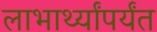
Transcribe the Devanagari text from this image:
लाभार्थ्यांपर्यंत